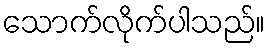
သောက်လိုက်ပါသည်။